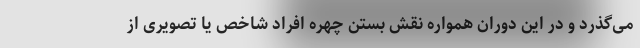
می‌گذرد و در این دوران همواره نقش بستن چهره افراد شاخص یا تصویری از